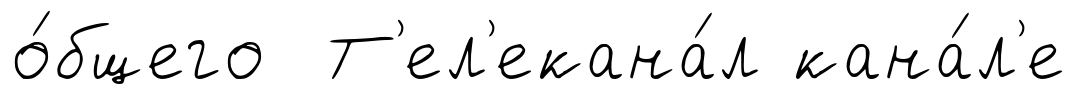
о́бщего Т'ел'екана́л кана́л'е